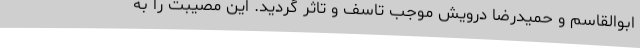
ابوالقاسم و حمیدرضا درویش موجب تاسف و تاثر گردید. این مصیبت را به